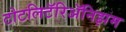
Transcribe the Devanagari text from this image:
टोटलिटॅरिॲनिझम